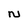
Character: N